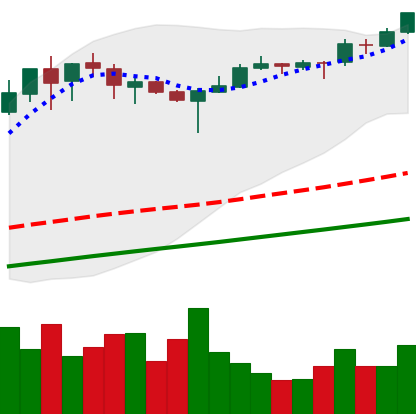
Ticker: BTC-USD
Chart end date: 2017-09-01
Forward return: -6.028%
Label: down_5_7